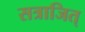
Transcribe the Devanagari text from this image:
सत्राजित्